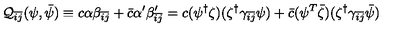
{ \cal Q } _ { \bar { i } \bar { j } } ( \psi , \bar { \psi } ) \equiv c \alpha \beta _ { \bar { i } \bar { j } } + \bar { c } \alpha ^ { \prime } \beta _ { \bar { i } \bar { j } } ^ { \prime } = c ( \psi ^ { \dag } \zeta ) ( \zeta ^ { \dag } \gamma _ { \bar { i } \bar { j } } \psi ) + \bar { c } ( \psi ^ { T } \bar { \zeta } ) ( \zeta ^ { \dag } \gamma _ { \bar { i } \bar { j } } \bar { \psi } )